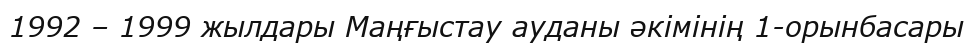
1992 – 1999 жылдары Маңғыстау ауданы әкімінің 1-орынбасары